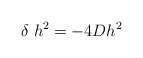
\begin{align*}\delta \; h^2 = -4 D h^2\end{align*}